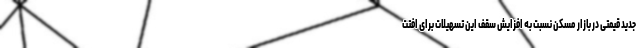
جدید قیمتی در بازار مسکن نسبت به افزایش سقف این تسهیلات برای افتت